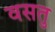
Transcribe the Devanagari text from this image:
वसतु